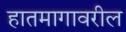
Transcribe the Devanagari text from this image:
हातमागावरील